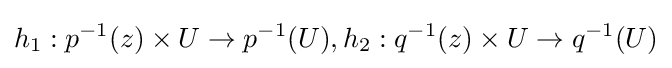
h_{1}:p^{-1}(z)\times U\to p^{-1}(U),h_{2}:q^{-1}(z)\times U\to q^{-1}(U)